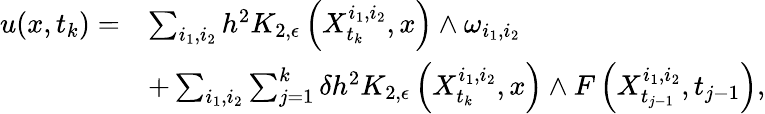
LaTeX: \begin{array}{rl}{u(x,t_{k})=}&{\sum_{i_{1},i_{2}}h^{2}K_{2,\epsilon}\left(X_{t_{k}}^{i_{1},i_{2}},x\right)\wedge\omega_{i_{1},i_{2}}}\\ &{+\sum_{i_{1},i_{2}}\sum_{j=1}^{k}\delta h^{2}K_{2,\epsilon}\left(X_{t_{k}}^{i_{1},i_{2}},x\right)\wedge F\left(X_{t_{j-1}}^{i_{1},i_{2}},t_{j-1}\right),}\end{array}